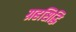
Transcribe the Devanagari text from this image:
ग्रहसिद्धि